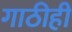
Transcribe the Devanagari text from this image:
गाठीही